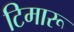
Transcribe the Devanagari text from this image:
टिमारू